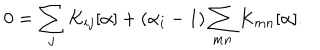
LaTeX: 0 = \sum _ { j } K _ { i j } [ \alpha ] + ( \alpha _ { i } - 1 ) \sum _ { m n } K _ { m n } [ \alpha ] .